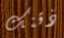
ذقنك